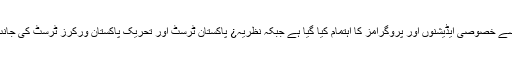
پرنٹ اور الیکٹرانک میڈیا کی جانب سے یوم وفات قائداعظم کے حوالے سے خصوصی ایڈیشنوں اور پروگرامز کا اہتمام کیا گیا ہے جبکہ نظریہ¿ پاکستان ٹرسٹ اور تحریک پاکستان ورکرز ٹرسٹ کی جانب سے بھی آج یوم قائداعظم کی خصوصی تقریب کا اہتمام کیا جا رہا ہے۔